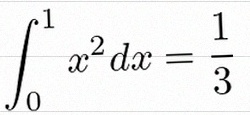
\int_0^1 x^2dx=\frac13